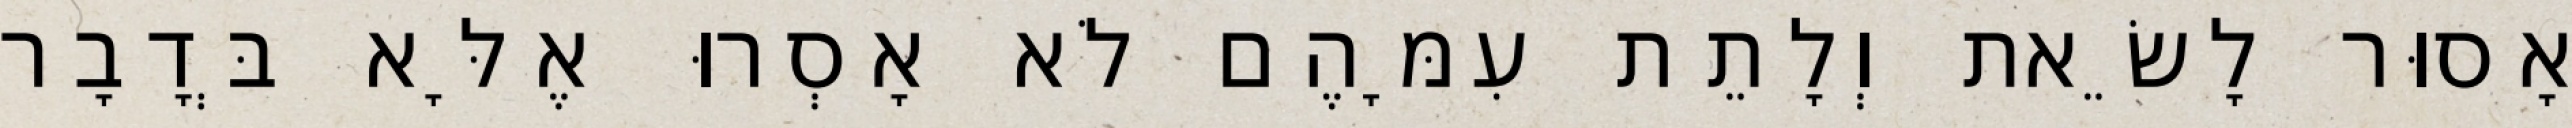
אָסוּר לָשֵׂאת וְלָתֵת עִמָּהֶם לֹא אָסְרוּ אֶלָּא בְּדָבָר